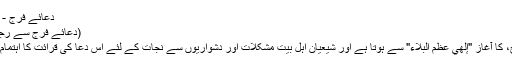
دعائے فرج - ویکی شیعہ
(دعائے فَرَج سے رجوع مکرر)
دعائے فَرَج، کا آغاز "إلهي عَظُمَ البَلاءُ" سے ہوتا ہے اور شیعیان اہل بیت مشکلات اور دشواریوں سے نجات کے لئے اس دعا کی قرائت کا اہتمام کرتے ہیں۔